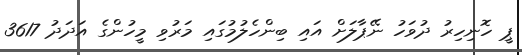
ޕީ ހޮނިހިރު ދުވަހު ނޭޕާލަށް އައި ބިންހެލުމުގައި މަރުވި މީހުންގެ އަދަދު 3617